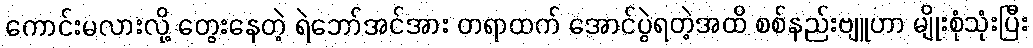
ကောင်းမလားလို့ တွေးနေတဲ့ ရဲဘော်အင်အား တရာထက် အောင်ပွဲရတဲ့အထိ စစ်နည်းဗျူဟာ မျိုးစုံသုံးပြီး